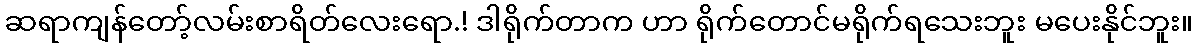
ဆရာကျန်တော့်လမ်းစာရိတ်လေးရော.! ဒါရိုက်တာက ဟာ ရိုက်တောင်မရိုက်ရသေးဘူး မပေးနိုင်ဘူး။